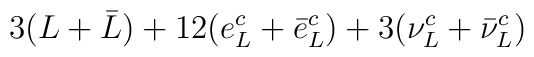
3(L+\bar{L})+12(e^c_L +\bar{e}^c_L)+3(\nu^c_L +\bar{\nu}^c_L)